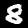
Label: 8